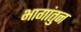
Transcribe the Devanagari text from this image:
भागांतुन